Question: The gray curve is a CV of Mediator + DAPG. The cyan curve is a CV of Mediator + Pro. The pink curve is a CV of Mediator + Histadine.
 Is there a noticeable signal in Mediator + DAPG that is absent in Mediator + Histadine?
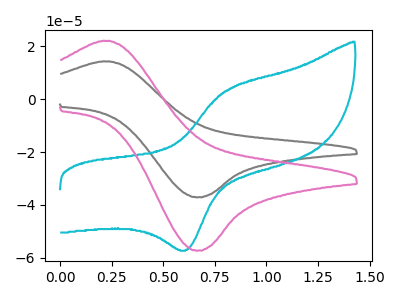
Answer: <think>The gray curve "Mediator + DAPG" has an anodic peak at (0.20V, 14.25uA) and a cathodic peak at (0.65V, -37.10uA). The cyan curve "Mediator + Pro" has an anodic peak at (0.80V, 3.05uA) and a cathodic peak at (0.60V, -57.00uA). The pink curve "Mediator + Histadine" has an anodic peak at (0.20V, 22.00uA) and a cathodic peak at (0.65V, -57.25uA).
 All the peaks in "Mediator + DAPG" have a peak in "Mediator + Histadine" at the same potential. Every peak in "Mediator + DAPG" is lower than every peak in "Mediator + Histadine".</think>
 <answer>No, "Mediator + DAPG" and "Mediator + Histadine" don't appear to be significantly different in shape</answer>
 <eval>no_change</eval>